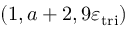
( 1 , a + 2 , 9 \varepsilon _ { \mathrm { t r i } } )